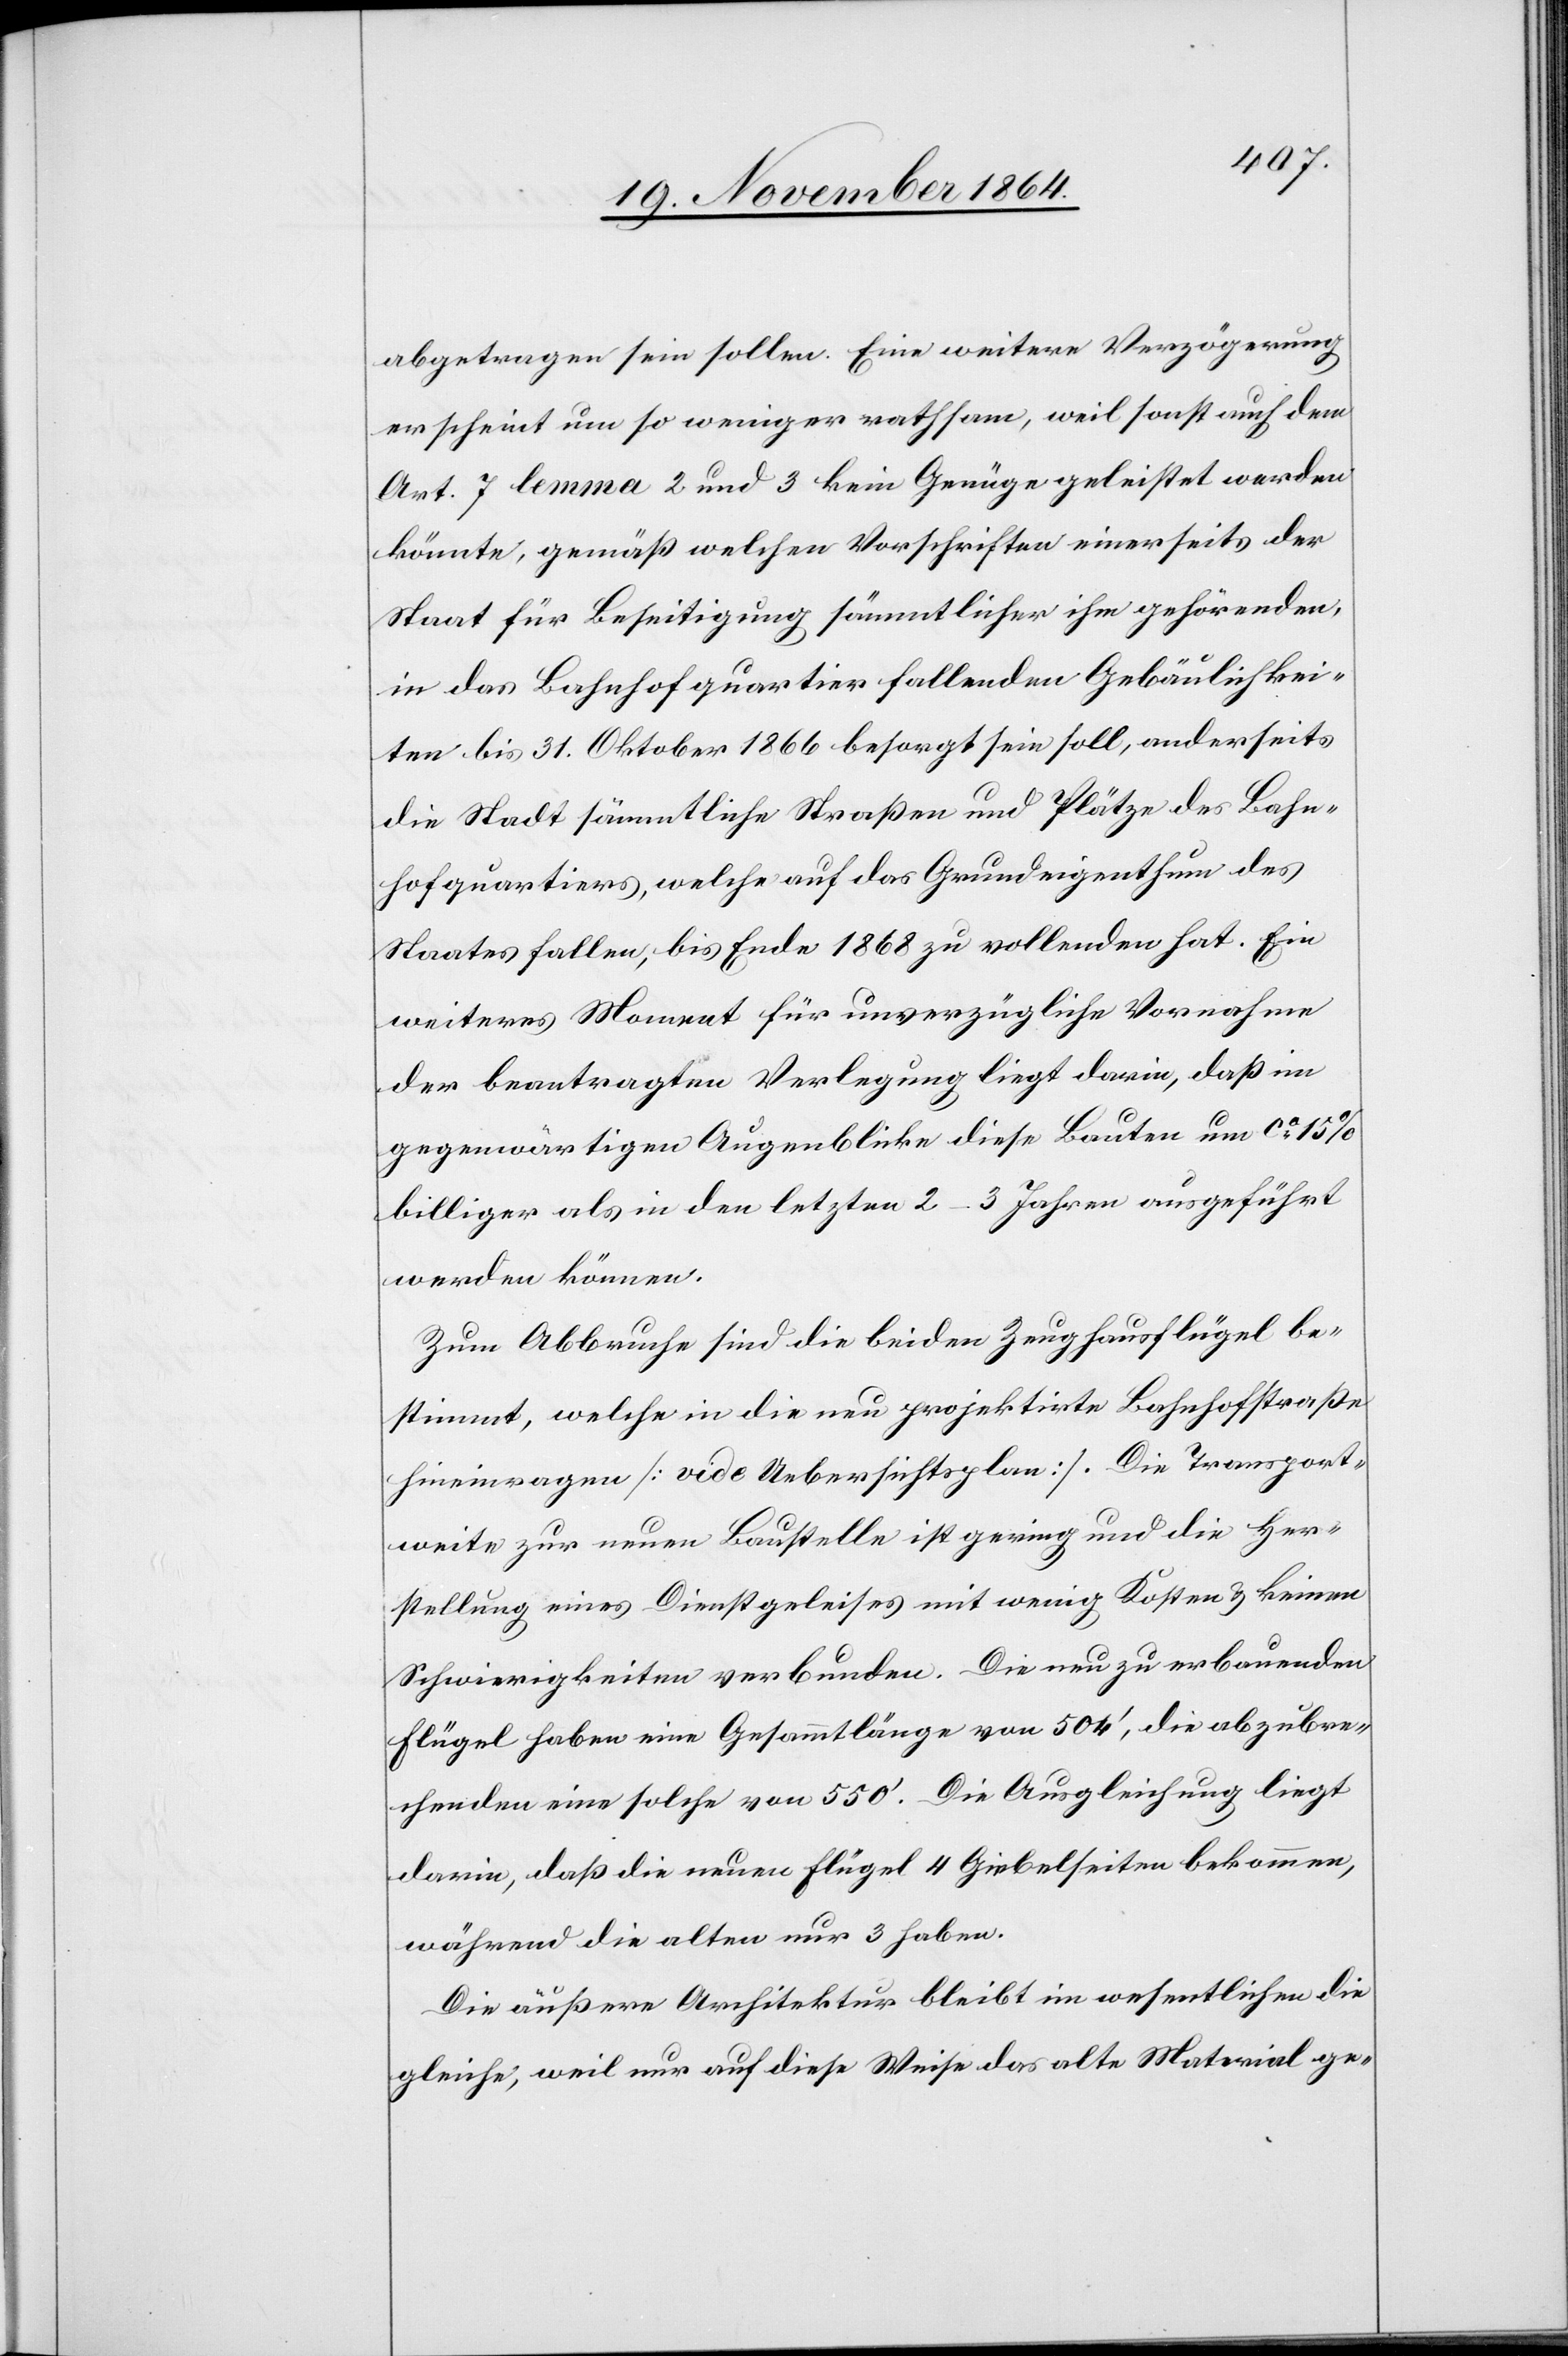
abgetragen sein sollen. Eine weitere Verzögerung
erscheint um so weniger rathsam, weil sonst auch dem
Art. 7 lemma 2 und 3 kein Genüge geleistet werden
könnte, gemäß welchen Vorschriften einerseits der
Staat für Beseitigung sämmtlicher ihm gehörenden,
in das Bahnhofquartier fallenden Gebäulichkei¬
ten bis 31. Oktober 1866 besorgt sein soll, anderseits
die Stadt sämmtliche Straßen und Plätze des Bahn¬
hofquartiers, welche auf das Grundeigenthum des
Staates fallen, bis Ende 1868 zu vollenden hat. Ein
weiteres Moment für unverzügliche Vornahme
der beantragten Verlegung liegt darin, daß im
gegenwärtigen Augenblicke diese Bauten um ca 15%
billiger als in den letzten 2–3 Jahren ausgeführt
werden können.
Zum Abbruche sind die beiden Zeughausflügel be¬
stimmt, welche in die neu projektirte Bahnhofstraße
hineinragen [vide Uebersichtsplan]. Die Transport¬
weite zur neuen Baustelle ist gering und die Her¬
stellung eines Dienstgeleises mit wenig Kosten & keinen
Schwierigkeiten verbunden. Die neu zu erbauenden
Flügel haben eine Gesammtlänge von 504’, die abzubre¬
chenden eine solche von 550’. Die Ausgleichung liegt
darin, daß die neuen Flügel 4 Giebelseiten bekommen,
während die alten nur 3 haben.
Die äußere Architektur bleibt im wesentlichen die
gleiche, weil nur auf diese Weise das alte Material ge-